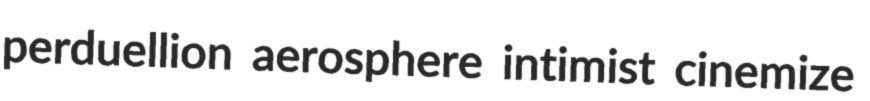
perduellion aerosphere intimist cinemize